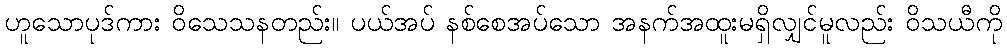
ဟူသောပုဒ်ကား ဝိသေသနတည်း။ ပယ်အပ် နစ်စေအပ်သော အနက်အထူးမရှိလျှင်မူလည်း ဝိသယီကို